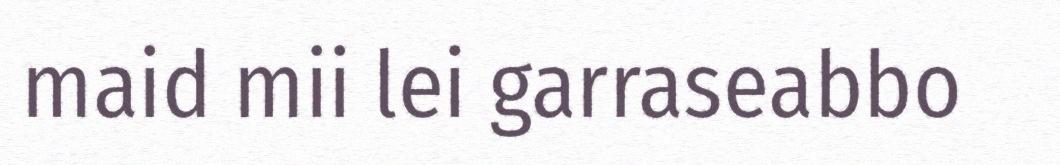
maid mii lei garraseabbo